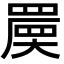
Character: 𡙷